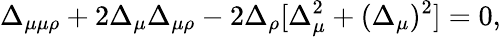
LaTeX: \Delta_{\mu\mu\rho}+2\Delta_{\mu}\Delta_{\mu\rho}-2\Delta_{\rho}[\Delta_{\mu}^{2}+(\Delta_{\mu})^{2}]=0,